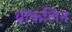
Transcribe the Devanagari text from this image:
थ्रोकलिन